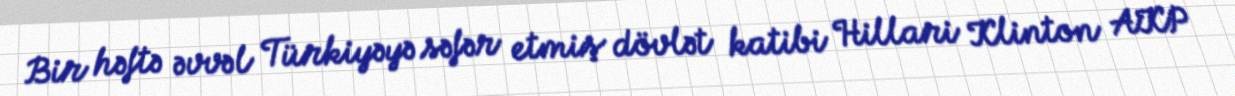
Bir həftə əvvəl Türkiyəyə səfər etmiş dövlət katibi Hillari Klinton AKP